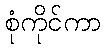
စုံကိုင်ကာ